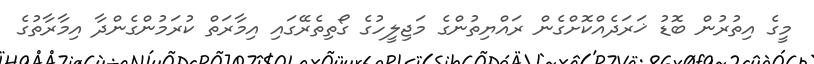
މީގެ އިތުރުން ބޮޑު ޚަރަދެއްކޮށްގެން ރައްޔިތުންގެ މަޖިލީހުގެ ގޯތިތެރޭގައި އިމާރަތް ކުރަމުންގެންދާ އިމާރާތުގެ